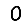
Digit: 0